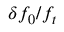
\delta f _ { 0 } / f _ { t }